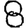
Digit: 8